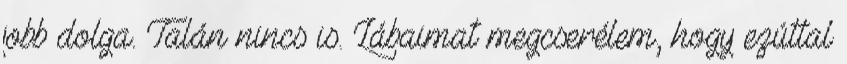
jobb dolga. Talán nincs is. Lábaimat megcserélem, hogy ezúttal